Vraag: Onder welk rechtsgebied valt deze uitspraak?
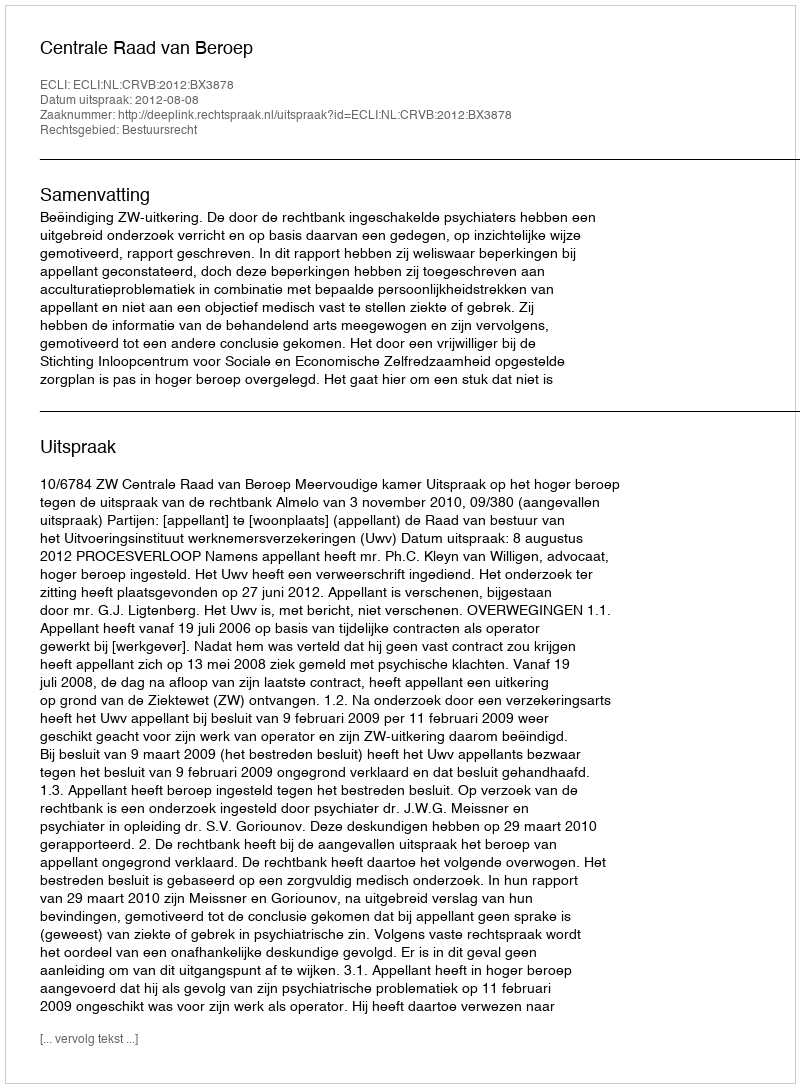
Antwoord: Bestuursrecht